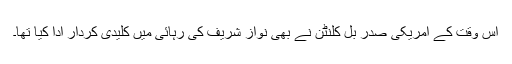
اس وقت کے امریکی صدر بل کلنٹن نے بھی نواز شریف کی رہائی میں کلیدی کردار ادا کیا تھا۔